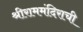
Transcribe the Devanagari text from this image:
श्रीराममंदिराची